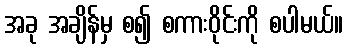
အခု အချိန်မှ စ၍ စကားဝိုင်းကို စပါမယ်။